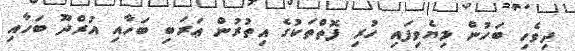
ދިވެހި ބަހުން ލިޔެވިފައި ހުރި ފޮތްތަކުގެ އިތުރުން ޢަރަބި ބަހާއި އުރްދޫ ބަހާއި